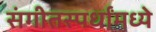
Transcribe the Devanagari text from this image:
संगीतस्पर्धांमध्ये